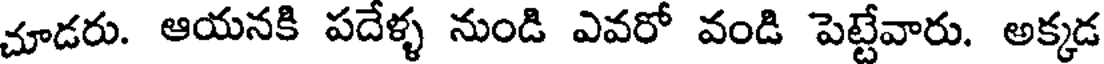
చూడరు. ఆయనకి పదేళ్ళ నుండి ఎవరో వండి పెట్టేవారు. అక్కడ